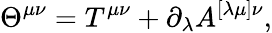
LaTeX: \Theta^{\mu\nu}=T^{\mu\nu}+\partial_{\lambda}A^{[\lambda\mu]\nu},